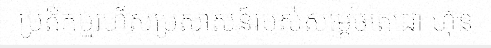
ប្រតិកម្មរហ័សប្រសាសន៍របស់សម្តេចតេជោ ហ៊ុន